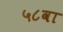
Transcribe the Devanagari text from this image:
५८वा